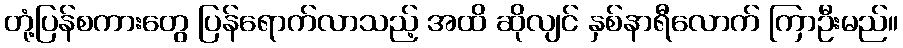
တုံ့ပြန်စကားတွေ ပြန်ရောက်လာသည့် အထိ ဆိုလျင် နှစ်နာရီလောက် ကြာဦးမည်။